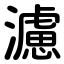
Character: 濾